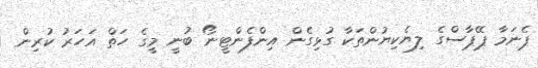
ޕެނަމާ ޕޭޕާސްގެ ލިޔެކިޔުންތަކާ ގުޅިގެން އިންފެންޓީނޯ ބުނީ މީގެ ހަތް އަހަރު ކުރިން